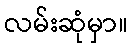
လမ်းဆုံမှာ။